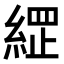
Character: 𮈣